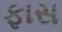
ફાસ